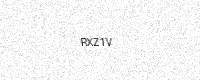
Text: RXZ1V